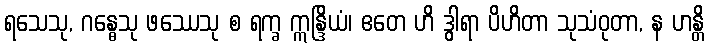
ရသေသု, ဂန္ဓေသု ဖဿေသု စ ရက္ခ ဣန္ဒြိယံ၊ ဧတေ ဟိ ဒွါရာ ပိဟိတာ သုသံဝုတာ, န ဟန္တိ